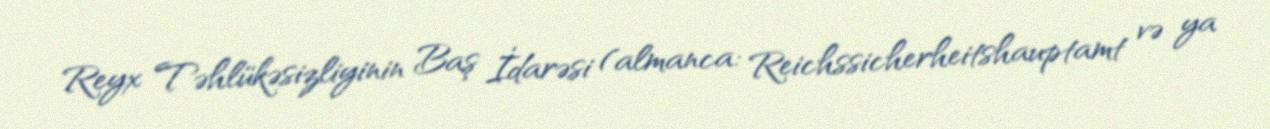
Reyx Təhlükəsizliyinin Baş İdarəsi (almanca: Reichssicherheitshauptamt və ya